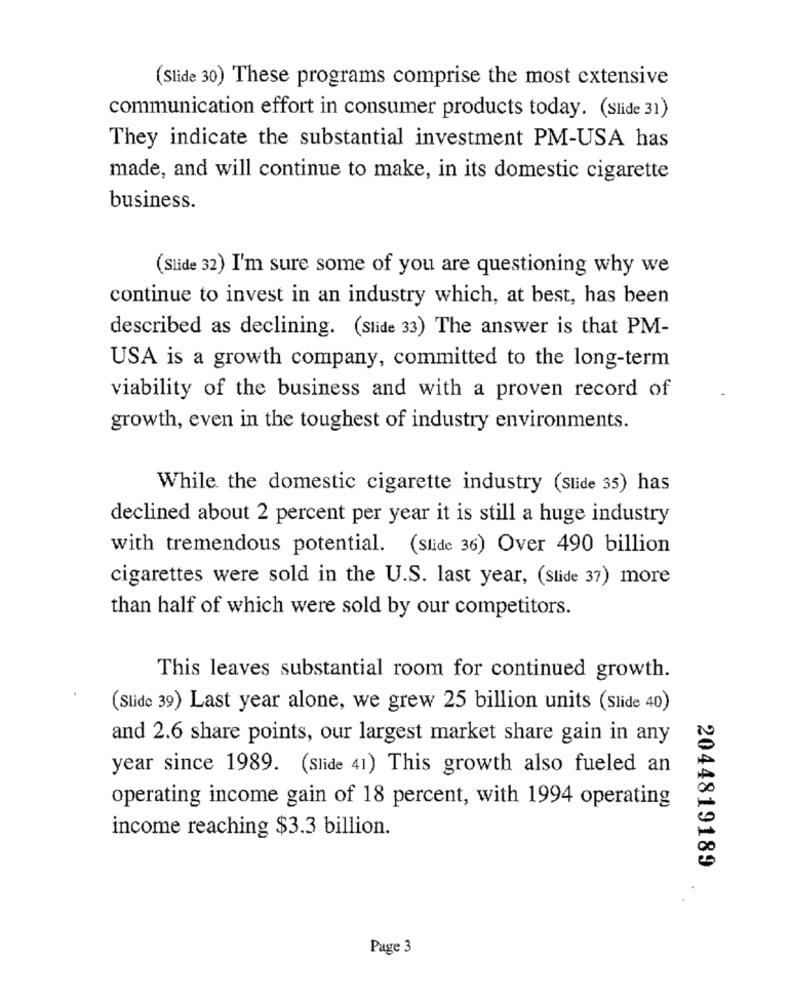
(Slide 30) These programs comprise the most extensive
communication effort in consumer products today. (Slide 31)
They indicate the substantial investment PM-USA has
made, and will continue to make, in its domestic cigarette
business.
(Slide 32) I'm sure some of you are questioning why we
continue to invest in an industry which, at best, has been
described as declining. (Slide 33) The answer is that PM-
USA is a growth company, committed to the long-term
viability of the business and with a proven record of
growth, even in the toughest of industry environments.
While the domestic cigarette industry (Slide 35) has
declined about 2 percent per year it is still a huge industry
with tremendous potential. (Slide 36) Over 490 billion
cigarettes were sold in the U.S. last year, (Slide 37) more
than half of which were sold by our competitors.
This leaves substantial room for continued growth.
(Slide 39) Last year alone, we grew 25 billion units (Slide 40)
and 2.6 share points, our largest market share gain in any
year since 1989. (Slide 41) This growth also fueled an
operating income gain of 18 percent, with 1994 operating
income reaching $3.3 billion.
2044819189
Page 3